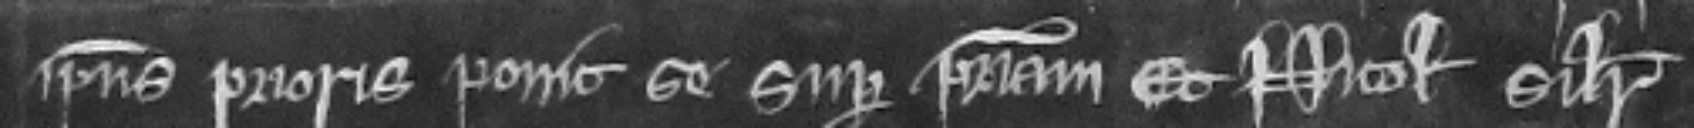
ipsius prioris ponit se super patriam. Et Nichcolaus similiter